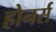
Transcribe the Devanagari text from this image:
होनर्स